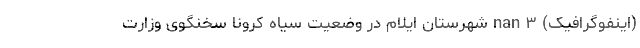
(اینفوگرافیک) nan ۳ شهرستانِ ایلام در وضعیت سیاه کرونا سخنگوی وزارت